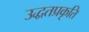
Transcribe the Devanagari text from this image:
उद्धतप्रकृति